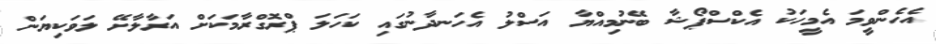
އެހެންވީމަ އެމީހަކު އެކްސްޕޯޝާ ބޭނުމިއްޔާ އަސްލު އެހަނދާނުގައި ކަހަލަ ޕްރޮގްރާމަކަށް އަރާލާށޭ ލަވަކިޔަން